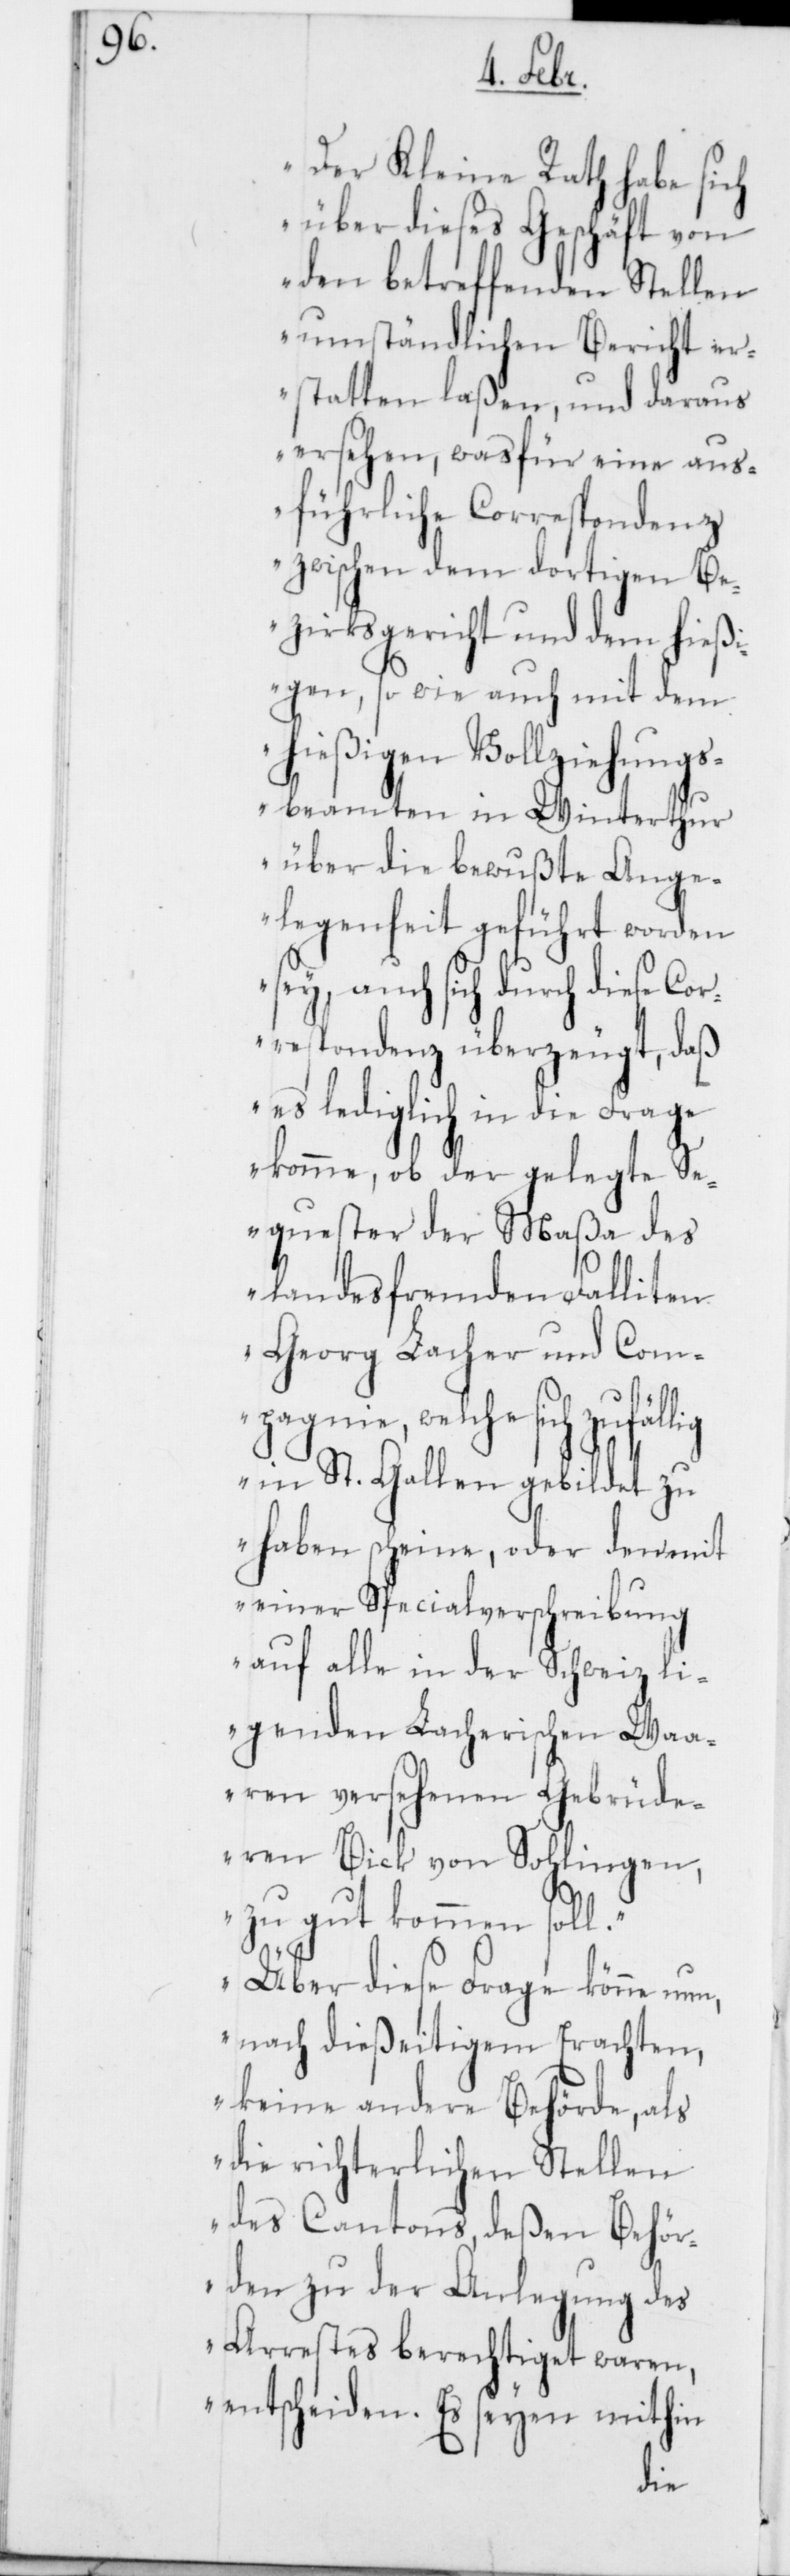
lig

Der Kleine Rath habe sich
über dieses Geschäft von
den betreffenden Stellen
umständlichen Bericht er¬
statten laßen, und daraus
ersehen, was für eine aus¬
führliche Correspondenz
zwischen dem dortigen Be¬
zirksgericht und dem hieß¬
igen, so wie auch mit dem
hießigen Vollziehungs¬
beamten in Winterthur
über die bewußte Ange¬
legenheit geführt worden
sey, auch sich durch diese C¬
respondenz überzeugt, daß
es lediglich in die Frage
komme, ob der gelegte S¬
equester der Maßa des
landesfremden Falliten
Georg Lacher und Com¬
pagnie, welche sich zufäl¬
in St. Gallen gebildet zu
haben scheine, oder den mit
einer Specialverschreibung
auf alle in der Schweiz li¬
genden Lacherischen Waa¬
ren versehenen Gebrüde¬
ren Bick von Sohlingen,
zu gut kommen soll.
Über diese Frage könne nun,
nach dießeitigem Erachten,
keine andere Behörde, als
die richterlichen Stellen
des Cantons, deßen Behör¬
den zu der Anlegung des
Arrestes berechtiget waren,
entscheiden. Es seyen mithin